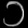
Digit: ၁